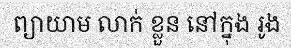
ព្យាយាម លាក់ ខ្លួន នៅក្នុង រូង